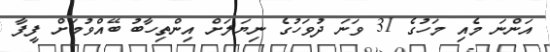
އަންނަ މެއި މަހުގެ 31 ވަނަ ދުވަހުގެ ނިޔަލަށް އިންތިހާބު ބޭއްވުމަށް ފީފާ